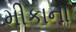
મીકાના